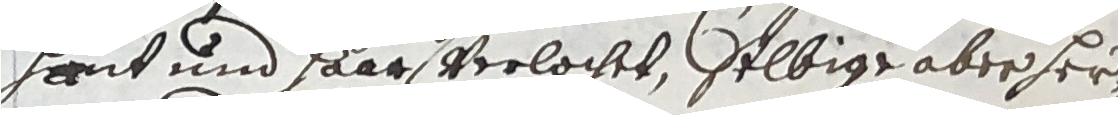
hat und saat verlochet, selbige aber her